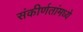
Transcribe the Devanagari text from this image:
संकीर्णतांमध्ये